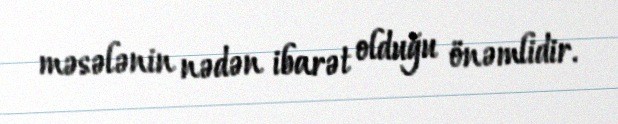
məsələnin nədən ibarət olduğu önəmlidir.